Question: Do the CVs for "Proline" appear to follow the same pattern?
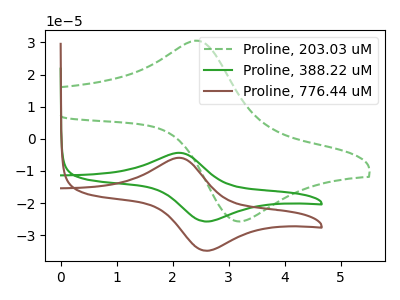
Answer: <think>The green dashed curve "Proline, 203.03 uM" has an anodic peak at (2.45V, 30.55uA) and a cathodic peak at (3.10V, -25.55uA). The green curve "Proline, 388.22 uM" has an anodic peak at (2.10V, -4.35uA) and a cathodic peak at (2.60V, -25.70uA). The brown curve "Proline, 776.44 uM" has an anodic peak at (2.10V, -5.90uA) and a cathodic peak at (2.60V, -34.80uA).
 "Proline, 203.03 uM" and "Proline, 388.22 uM" have at least one peak that do not match. "Proline, 203.03 uM" and "Proline, 776.44 uM" have at least one peak that do not match. All the peaks in "Proline, 388.22 uM" have a peak in "Proline, 776.44 uM" at the same potential.</think>
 <answer>All the CV's of "Proline" have similar shape.</answer>
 <eval>follow_rule</eval>